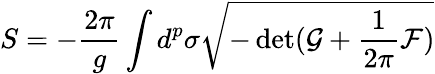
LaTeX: S=-\frac{2\pi}{g}\int d^{p}\sigma\sqrt{-\operatorname*{det}(\mathcal{G}+\frac{1}{2\pi}\mathcal{F})}